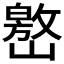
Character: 𱜐